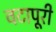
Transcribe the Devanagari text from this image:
वटापूरी